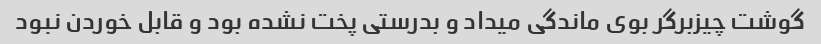
گوشت چیزبرگر بوی ماندگی میداد و بدرستی پخت نشده بود و قابل خوردن نبود